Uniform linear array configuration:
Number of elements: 12
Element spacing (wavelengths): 1
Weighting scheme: binomial
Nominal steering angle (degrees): -45
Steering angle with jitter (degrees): -43.469
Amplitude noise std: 0.05
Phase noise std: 0.05

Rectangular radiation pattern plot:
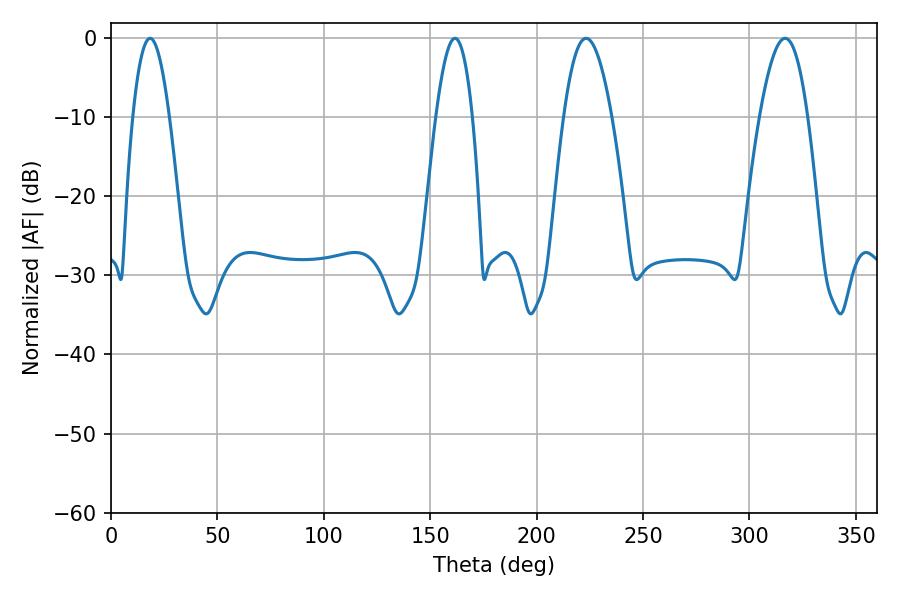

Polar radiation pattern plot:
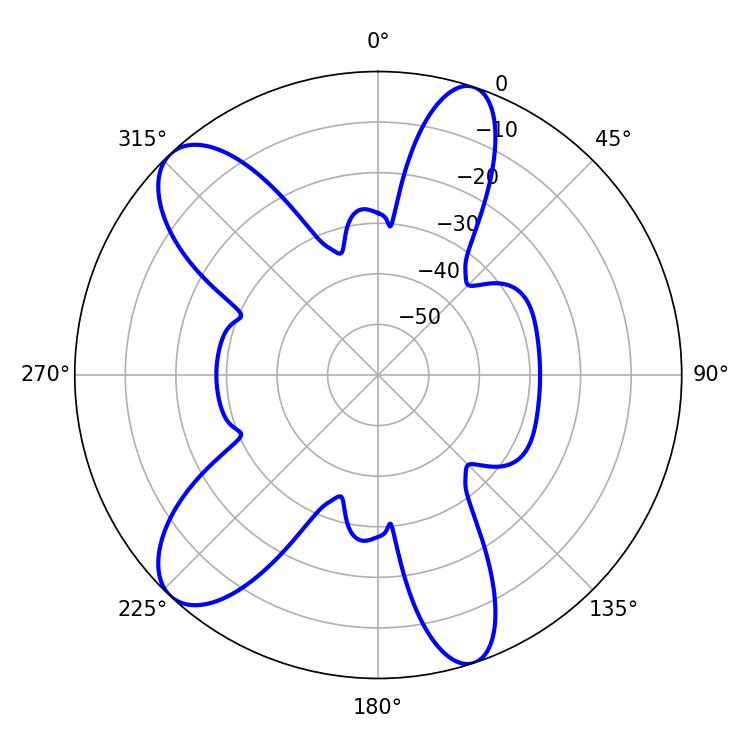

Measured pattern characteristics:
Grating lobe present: TRUE
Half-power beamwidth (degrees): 9.36
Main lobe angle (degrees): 18.36